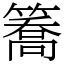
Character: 簥